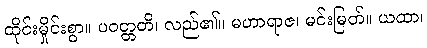
ထိုင်းမှိုင်းစွာ။ ပဝတ္တတိ၊ လည်၏။ မဟာရာဇ၊ မင်းမြတ်။ ယထာ၊